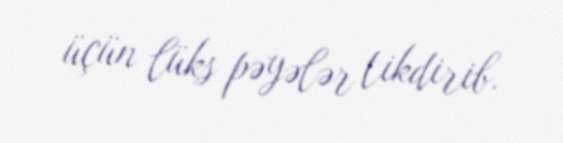
üçün lüks pəyələr tikdirib.